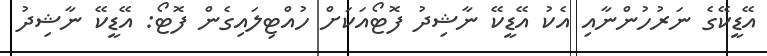
އޭޑީކޭގެ ނަރުހުންނާއި އެކު އޭޑީކޭ ނާޝިދު ފޮޓޯއަކަށް ހުއްޓިލައިގެން ފޮޓޯ: އޭޑީކޭ ނާޝިދު